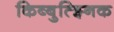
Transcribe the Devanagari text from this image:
किब्बुत्झ्निक